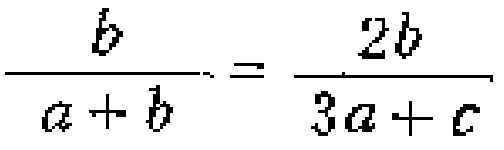
\(\frac{b}{a + b} = \frac{2b}{3a + c}\)